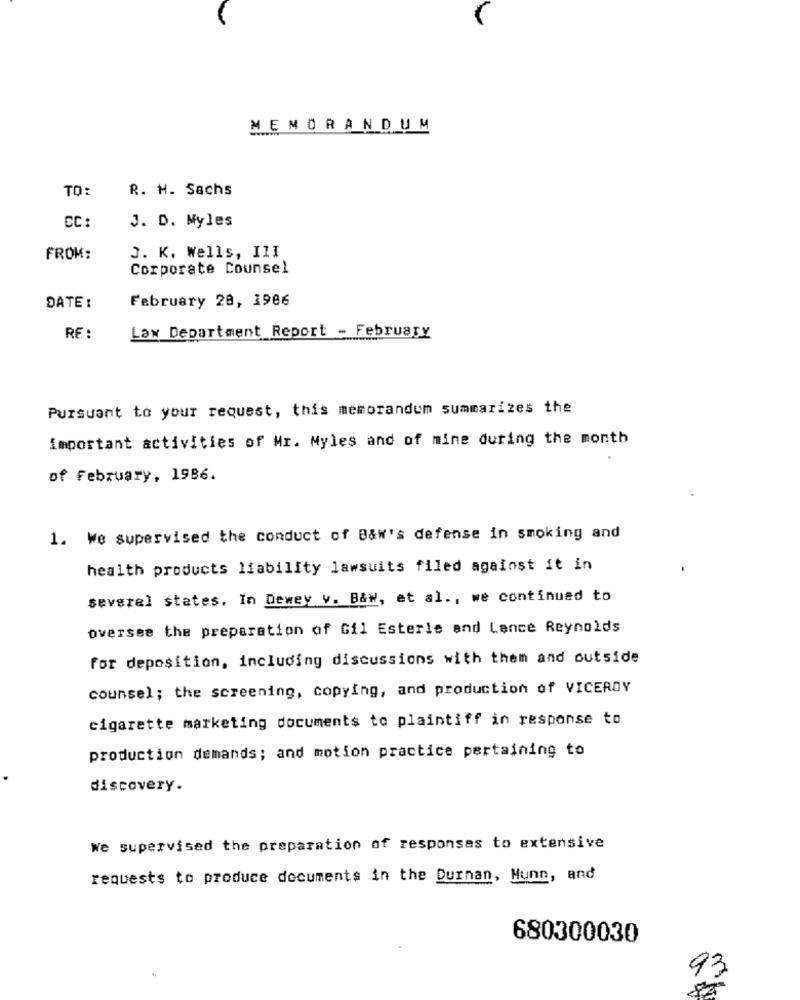
MEMORANDUM
TO:
R. H. Sachs
CC:
J. D. Myles
FROM:
J. K. Wells, III
Corporate Counsel
February 20, 1986
DATE :
RE :
Lax Department Report - February
Pursuant to your request, this memorandum summarizes the
important activities of Mr. Myles and of mine during the month
of February, 1986.
1. We supervised the conduct of B&w's defense in smoking and
health products liability lawsuits filed against it in
several states. In Dewey v. B&w, et al ., we continued to
oversee the preparation of Gil Esterle and Lance Reynolds
For deposition, including discussions with them and outside
counsel; the screening, copying, and production of VICEROY
cigarette marketing documents to plaintiff in response to
production demands; and motion practice pertaining to
discovery.
We supervised the preparation of responses to extensive
requests to produce documents in the Durnan, Munn, and
680300030
93